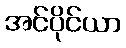
အင်ပိုင်ယာ